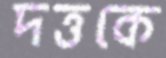
দত্তকে